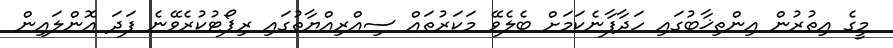
މީގެ އިތުރުން އިންތިޚާބުގައި ހަދާފާނެކަމަށް ބެލެވޭ މަކަރުތައް ސިއްރިއްޔާތުގައި ރިޕޯޓުކުރެވޭނެ ފަދަ އޮންލައިން